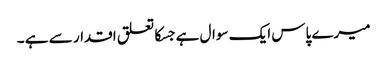
میرے پاس ایک سوال ہے جسکا تعلق اقدار سے ہے ۔